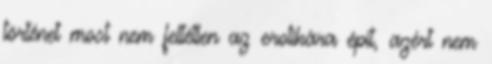
történet most nem feltétlen az erotikára épít, azért nem